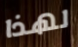
لهذا